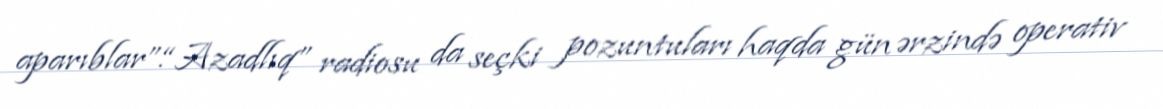
aparıblar”.“Azadlıq” radiosu da seçki pozuntuları haqda gün ərzində operativ